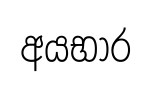
අයභාර